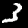
Digit: 3